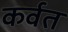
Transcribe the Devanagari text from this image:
कर्वत